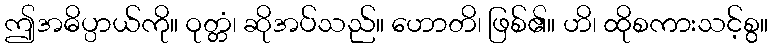
ဤအဓိပ္ပာယ်ကို။ ဝုတ္တံ၊ ဆိုအပ်သည်။ ဟောတိ၊ ဖြစ်၏။ ဟိ၊ ထိုစကားသင့်စွ။